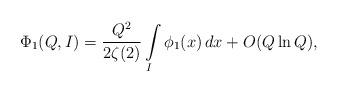
LaTeX: \begin{align*}\Phi_1(Q,I) = \frac{Q^2}{2\zeta(2)} \int\limits_I \phi_1(x)\,dx + O(Q\ln Q),\end{align*}